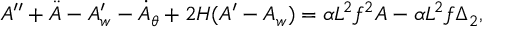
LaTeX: { \cal A } ^ { \prime \prime } + \ddot { { \cal A } } - { \cal A } _ { w } ^ { \prime } - \dot { { \cal A } } _ { \theta } + 2 { \cal H } ( { \cal A } ^ { \prime } - { \cal A } _ { w } ) = \alpha { \cal L } ^ { 2 } f ^ { 2 } { \cal A } - \alpha { \cal L } ^ { 2 } f \Delta _ { 2 } ,